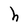
Character: h